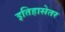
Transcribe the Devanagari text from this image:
इतिहासेतर